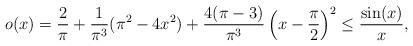
LaTeX: \begin{align*} o(x)=\frac{2}{\pi }+\frac{1}{\pi^3}(\pi ^2-4 x^2)+\frac{4(\pi-3)}{\pi^3}\left(x-\frac{\pi}{2}\right)^2\leq\frac{\sin(x)}{x}, \end{align*}